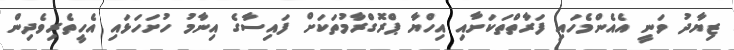
ޒިޔާދު ވަނީ އެއެންމެހައި ފަރާތްތަކަށާއި އިހްޔާ ޕްރޮގްރާމުތަކަށް ފައިސާގެ އިނާމު ހުށަހަޅައި އެހީތެރިވެދިން